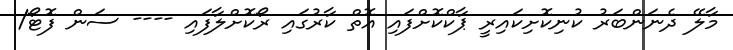
މާލޭ ދެނަންބަރު ކުނިކޮށިކައިރީ ޕާކްކޮށްފައި އޮތް ކާރުގައި ރޯކޮށްލާފައި ---- ސަން ފޮޓޯ/